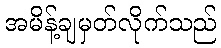
အမိန့်ချမှတ်လိုက်သည်